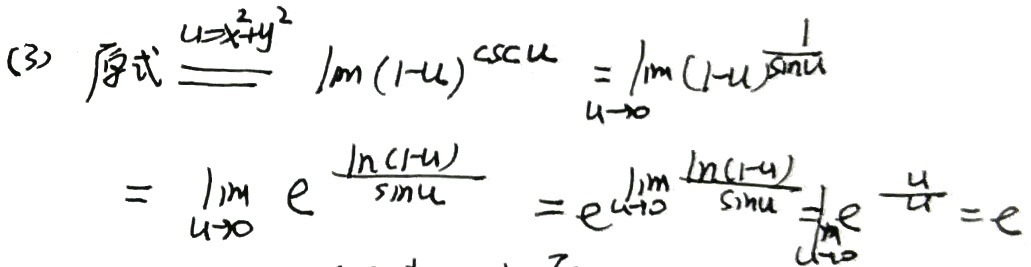
(3) 原式\(\xlongequal{u = x^{2}+y^{2}}\lim_{u \to 0} (1 - u)^{\csc u}=\lim_{u \to 0}(1 - u)^{\frac{1}{\sin u}}\)
\(=\lim_{u \to 0}e^{\frac{\ln(1 - u)}{\sin u}}=e^{\lim_{u \to 0}\frac{\ln(1 - u)}{\sin u}}=e^{\lim_{u \to 0}\frac{-u}{u}} = e^{- 1}\)